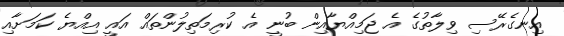
އިނގެރޭސި ވިލާތުގެ އެ ޖަމިއްޔާއިން ބުނީ އެ ކުރިމަތިލުންތައް އައީ އިއްޔެ ކަމަށާއި